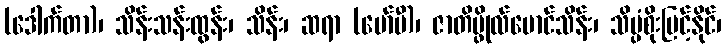
(ဒေါက်တာ)၊ သိန်းသန်းထွန်း၊ သိန်း၊ ဆရာ (မော်ပီ)၊ ဇာတိပ္ဖိုလ်မောင်သိန်း၊ သိပ္ပံစိုးမြင့်နိုင်၊